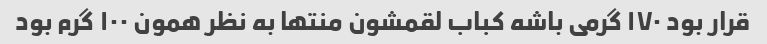
قرار بود ۱۷۰ گرمی باشه کباب لقمشون منتها به نظر همون ۱۰۰ گرم بود